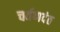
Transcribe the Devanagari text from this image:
चर्वणदंत